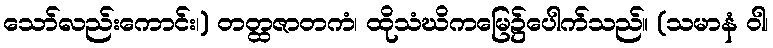
သော်လည်းကောင်း၊) တတ္ထဇာတကံ၊ ထိုသံဃိကမြေ၌ပေါက်သည်။ (သမာနံ ဝါ၊